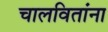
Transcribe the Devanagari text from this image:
चालवितांना